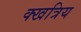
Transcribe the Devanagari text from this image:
क्खत्रिय